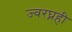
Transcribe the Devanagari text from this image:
ज्वरघ्नही